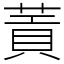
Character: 䔈